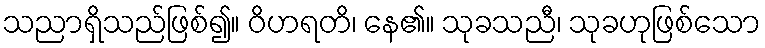
သညာရှိသည်ဖြစ်၍။ ဝိဟရတိ၊ နေ၏။ သုခသညီ၊ သုခဟုဖြစ်သော